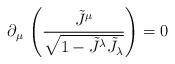
LaTeX: \begin{align*}\partial _{\mu }\, \left( \frac{\tilde J ^{\mu }}{\sqrt{1-\tilde J ^{\lambda }\tilde J_{\lambda }}}\right) =0\end{align*}